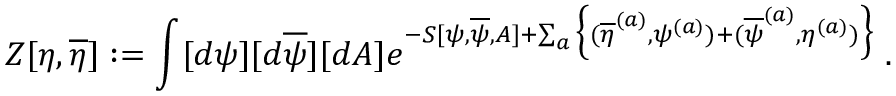
Z [ \eta , \overline { { { \eta } } } ] : = \int [ d \psi ] [ d \overline { { { \psi } } } ] [ d A ] e ^ { - S [ \psi , \overline { { { \psi } } } , A ] + \sum _ { a } \Big \{ ( \overline { { { \eta } } } ^ { ( a ) } , \psi ^ { ( a ) } ) + ( \overline { { { \psi } } } ^ { ( a ) } , \eta ^ { ( a ) } ) \Big \} } \; .